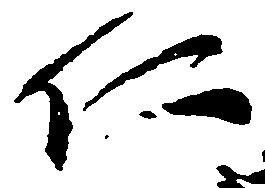
仁